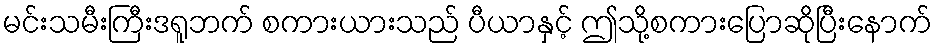
မင်းသမီးကြီးဒရူဘက် စကားယားသည် ပီယာနှင့် ဤသို့စကားပြောဆိုပြီးနောက်